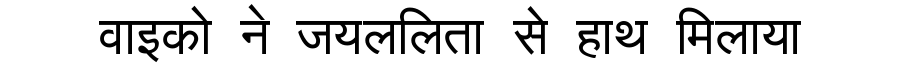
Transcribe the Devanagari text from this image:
वाइको ने जयललिता से हाथ मिलाया